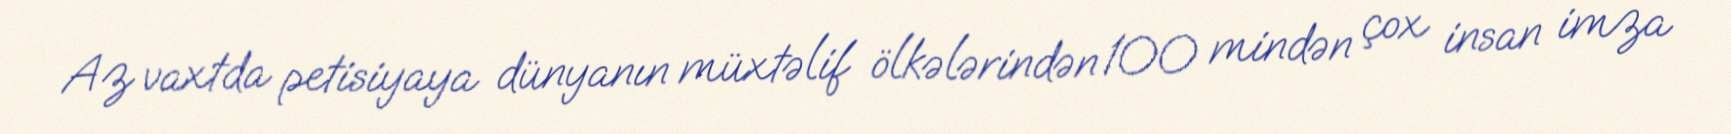
Az vaxtda petisiyaya dünyanın müxtəlif ölkələrindən 100 mindən çox insan imza